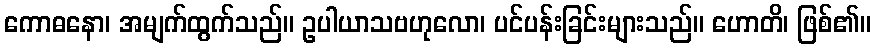
ကောဓနော၊ အမျက်ထွက်သည်။ ဥပါယာသဗဟုလော၊ ပင်ပန်းခြင်းများသည်။ ဟောတိ၊ ဖြစ်၏။